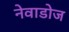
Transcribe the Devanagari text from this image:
नेवाडोज